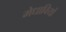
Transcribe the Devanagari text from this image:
मेधावियों